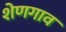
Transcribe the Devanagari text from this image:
शेणगाव